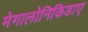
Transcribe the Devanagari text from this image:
मेगालोनिकिडाए